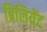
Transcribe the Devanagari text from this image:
ब्रिलियेंट